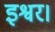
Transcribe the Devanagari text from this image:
इश्वर।